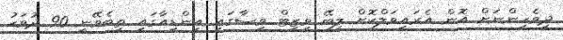
ދިވެހިންނަށް އޮން އެރައިވަލްކޮށް ލިބޭ ވިޒިޓް ވިސާގައި އިންޑިއާގައި ތިބެވޭނީ 90 ދުވަހު